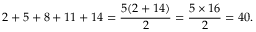
2 + 5 + 8 + 1 1 + 1 4 = { \frac { 5 ( 2 + 1 4 ) } { 2 } } = { \frac { 5 \times 1 6 } { 2 } } = 4 0 .